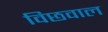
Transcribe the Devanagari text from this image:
विछवाल